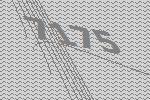
7175